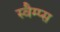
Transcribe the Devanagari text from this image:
स्वैम्प्स